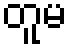
တူမ